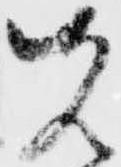
先